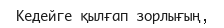
Кедейге қылғап зорлығың,